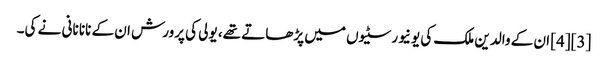
[3][4] ان کے والدین ملک کی یونیورسٹیوں میں پڑھاتے تھے، یولی کی پرورش ان کے نانا نانی نے کی۔